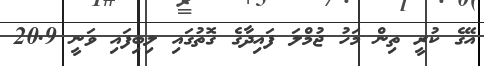
އޭގެ ކުރީ ތިން މަހު ޖުމްލަ ފައިދާގެ ގޮތުގައި ލިބިފައި ވަނީ 20.9